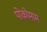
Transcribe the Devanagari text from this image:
पोकोमाम